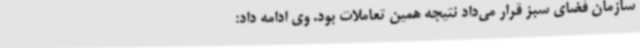
سازمان فضای سبز قرار می‌داد نتیجه همین تعاملات بود. وی ادامه داد: